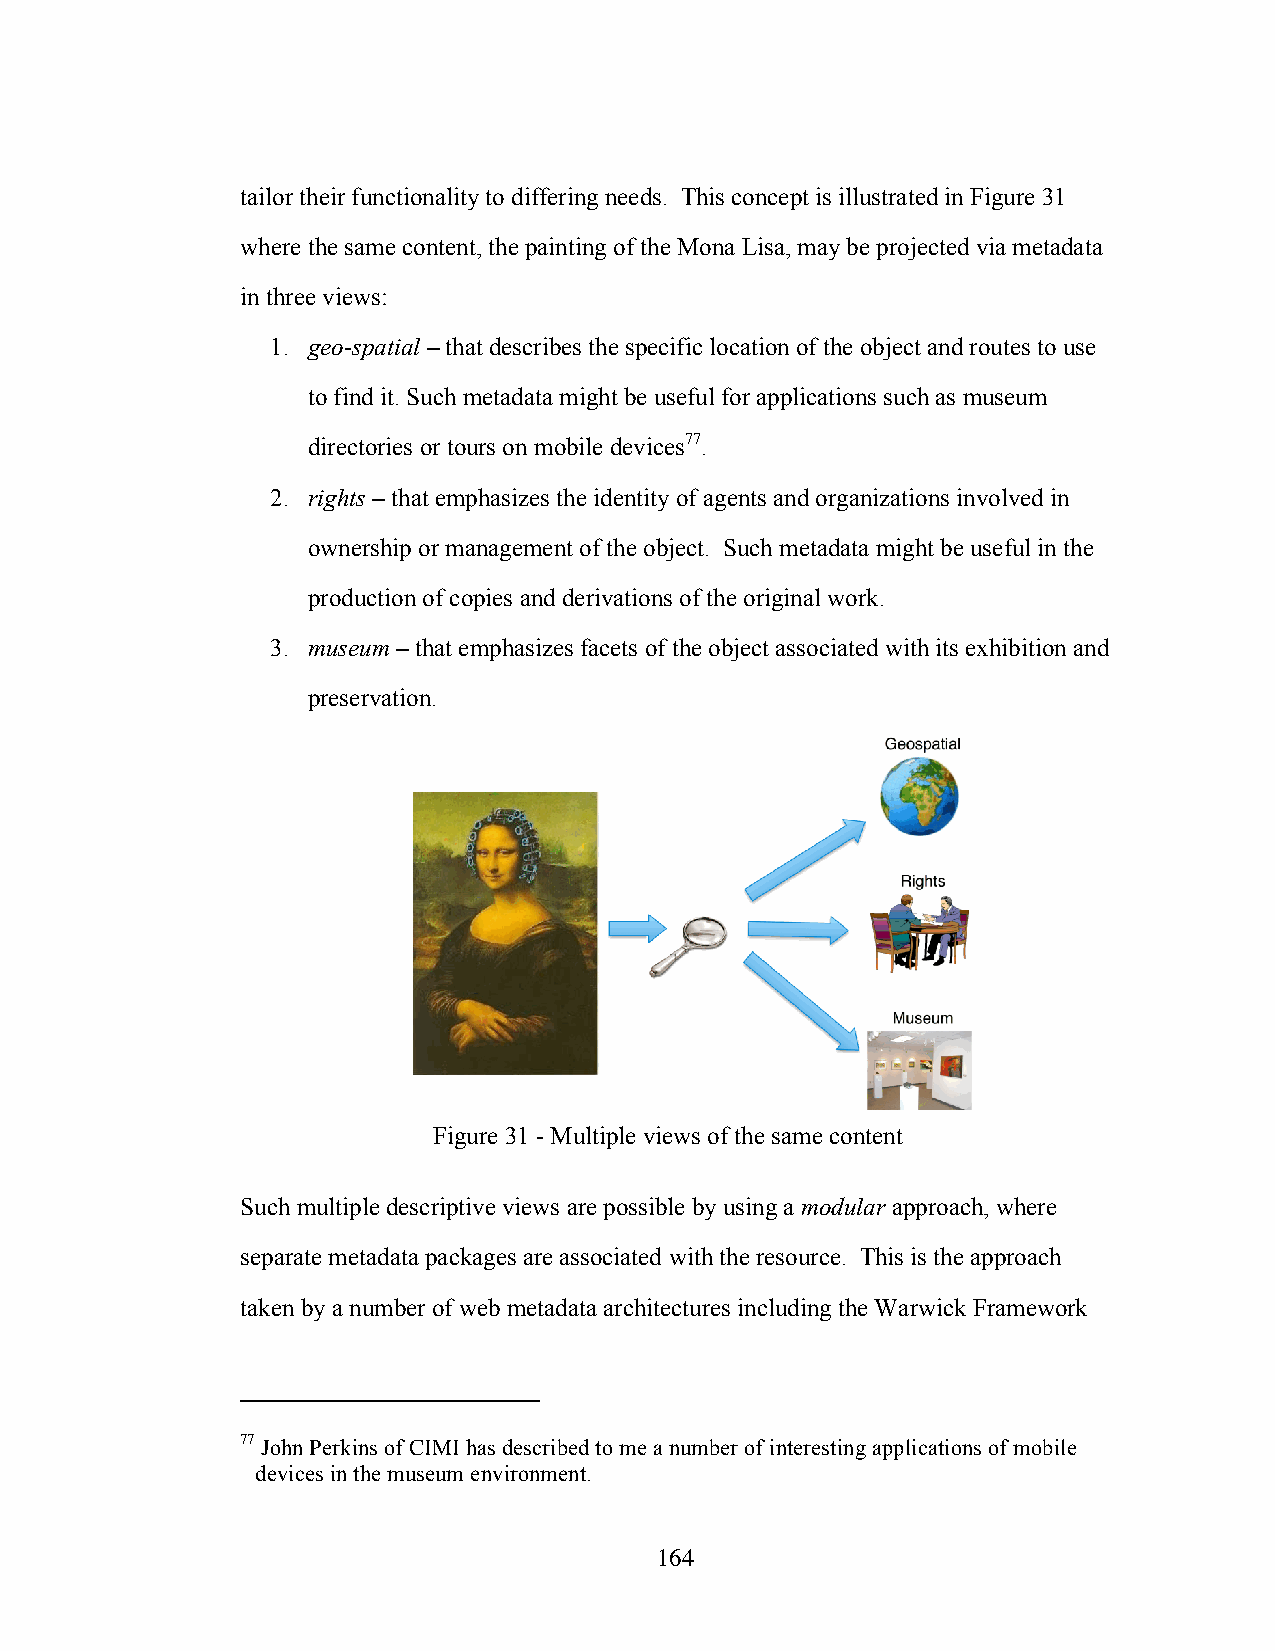
tailor their functionality to differing needs. This concept is illustrated in Figure 31
 where the same content, the painting of the Mona Lisa, may be projected via metadata
 in three views:
 1. geo-spatial – that describes the specific location of the object and routes to use
 to find it. Such metadata might be useful for applications such as museum
 directories or tours on mobile devices77.
 2. rights – that emphasizes the identity of agents and organizations involved in
 ownership or management of the object. Such metadata might be useful in the
 production of copies and derivations of the original work.
 3. museum – that emphasizes facets of the object associated with its exhibition and
 preservation.
 Figure 31 - Multiple views of the same content
 Such multiple descriptive views are possible by using a modular approach, where
 separate metadata packages are associated with the resource. This is the approach
 taken by a number of web metadata architectures including the Warwick Framework
 77 John Perkins of CIMI has described to me a number of interesting applications of mobile
 devices in the museum environment.
 164